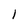
Character: l